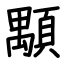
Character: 顒